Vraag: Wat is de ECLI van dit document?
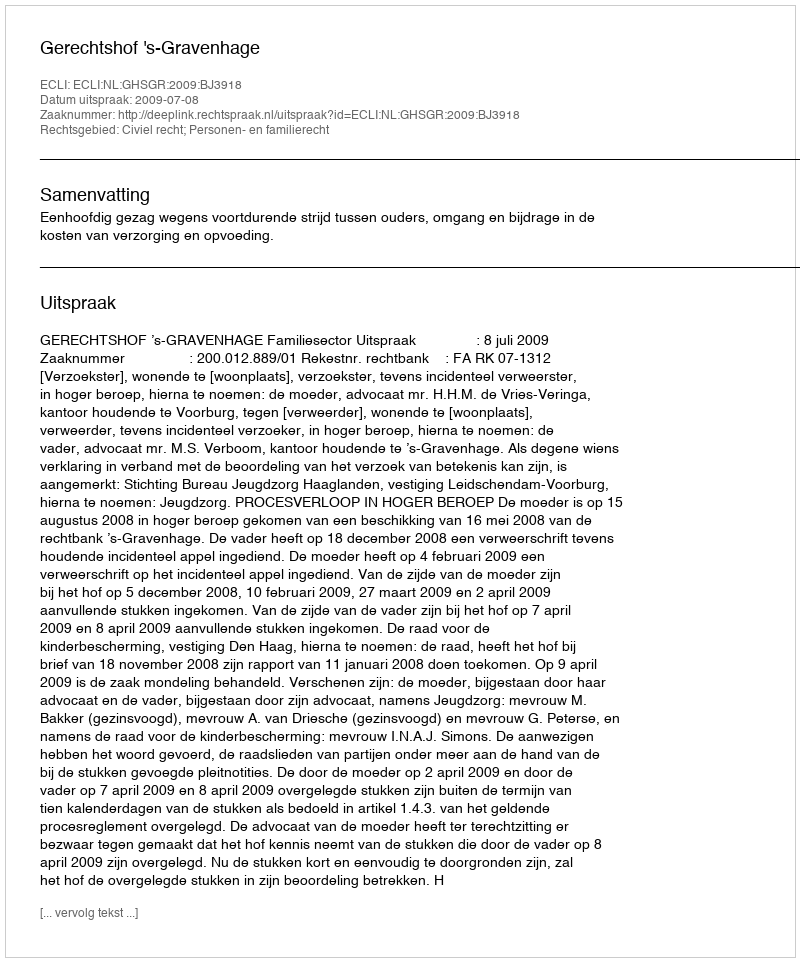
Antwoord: ECLI:NL:GHSGR:2009:BJ3918